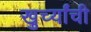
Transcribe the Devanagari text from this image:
खुर्च्यांची